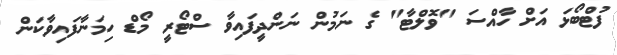
ފުޓްބޯޅަ އަށް ހާއްސަ "ވޮލްޓާ" ގެ ނަމުން ނަންދީފައިވާ ސްޓޯރީ މޯޑް ހިމަނާފައިވާކަން